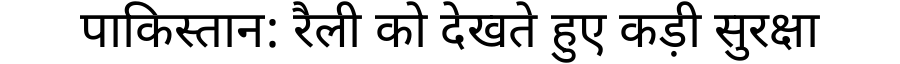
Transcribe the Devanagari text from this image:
पाकिस्तान: रैली को देखते हुए कड़ी सुरक्षा